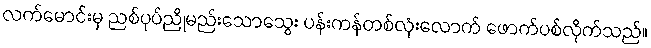
လက်မောင်းမှ ညစ်ပုပ်ညိုမည်းသောသွေး ပန်းကန်တစ်လုံးလောက် ဖောက်ပစ်လိုက်သည်။